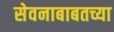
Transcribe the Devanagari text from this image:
सेवनाबाबतच्या